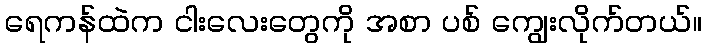
ရေကန်ထဲက ငါးလေးတွေကို အစာ ပစ် ကျွေးလိုက်တယ်။